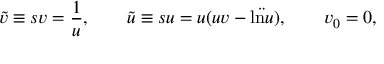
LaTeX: \tilde { v } \equiv s v = \frac { 1 } { u } , \qquad \tilde { u } \equiv s u = u ( u v - \ddot { \mathrm { l n } u } ) , \qquad v _ { 0 } = 0 ,